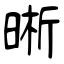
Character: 晰